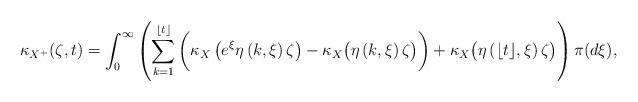
LaTeX: \begin{align*} \kappa_{X^+}(\zeta,t) = \int_{0}^\infty \left( \sum_{k=1}^{\lfloor t \rfloor} \bigg( \kappa_X \left( e^{\xi} \eta\left(k, \xi\right) \zeta \right) -\kappa_X \big( \eta\left(k, \xi\right) \zeta \big) \bigg) + \kappa_X \big( \eta\left(\lfloor t \rfloor, \xi\right) \zeta \big) \right)\pi(d \xi),\end{align*}